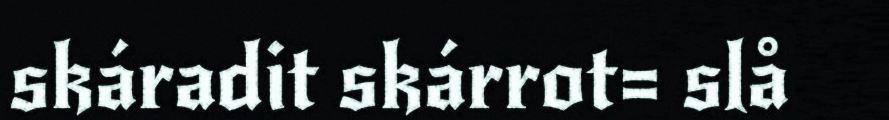
skáradit skárrot= slå